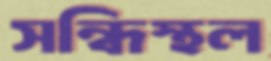
সন্ধিস্থল